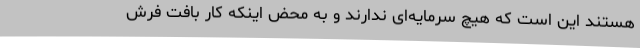
هستند این است که هیچ سرمایه‌ای ندارند و به محض اینکه کار بافت فرش